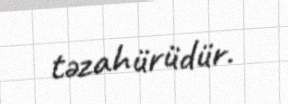
təzahürüdür.